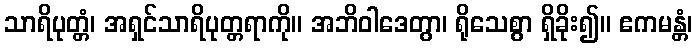
သာရိပုတ္တံ၊ အရှင်သာရိပုတ္တရာကို။ အဘိဝါဒေတွာ၊ ရိုသေစွာ ရှိခိုး၍။ ဧကမန္တံ၊